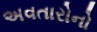
અવતારોનો